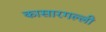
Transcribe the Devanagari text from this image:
कासारगल्ली